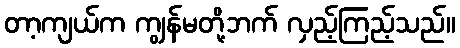
တာ့ကျယ်က ကျွန်မတို့ဘက် လှည့်ကြည့်သည်။